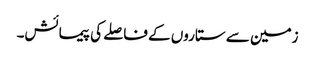
زمین سے ستاروں کے فاصلے کی پیمائش۔